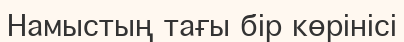
Намыстың тағы бір көрінісі